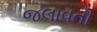
જલાવતી